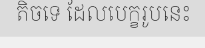
តិចទេ ដែលបេក្ខរូបនេះ